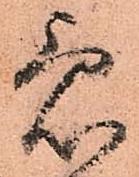
急